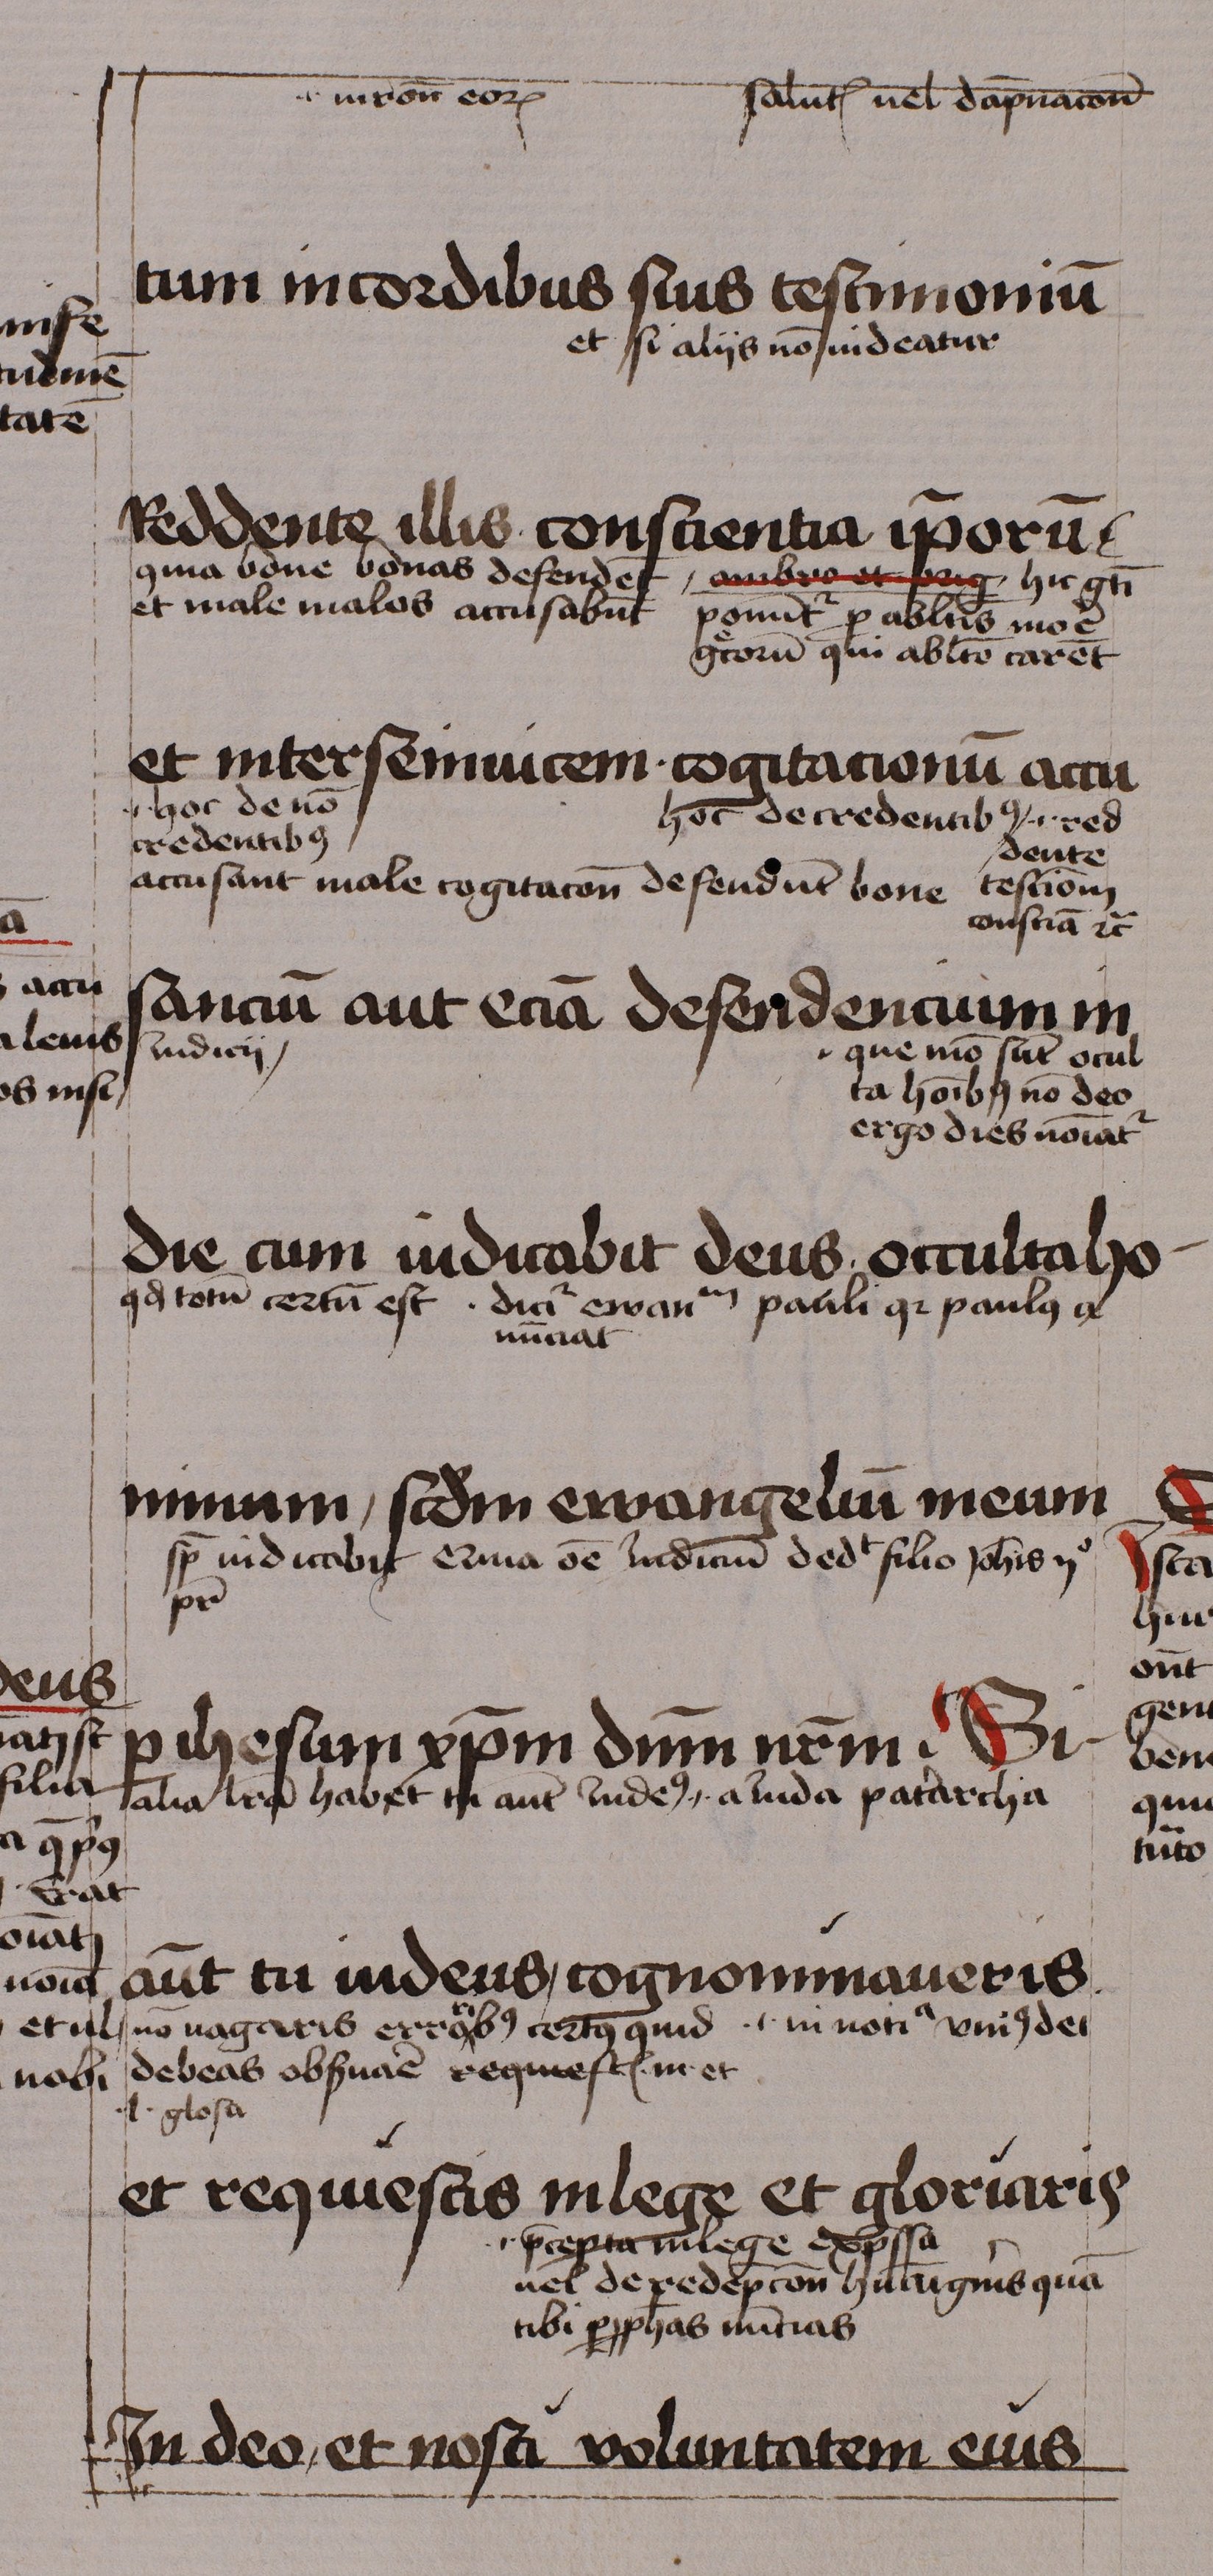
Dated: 1460–1460